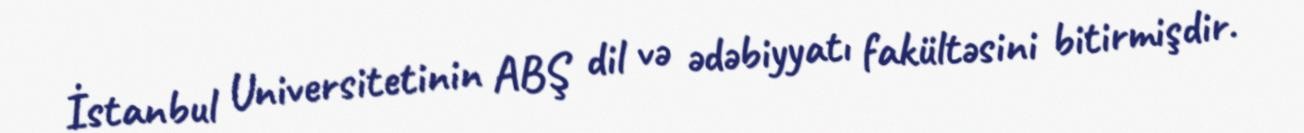
İstanbul Universitetinin ABŞ dil və ədəbiyyatı fakültəsini bitirmişdir.